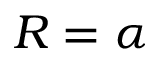
R = \alpha